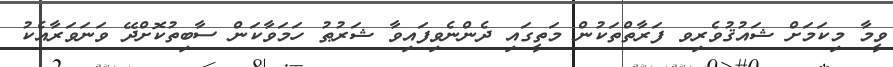
ވީމާ މިކަމަށް ޝައުޤުވެރިވ ފަރާތްތަކުން މަތީގައި ދެންނެވިފައިވާ ޝަރުޠު ހަމަވާކަން ސާބިތުކޮށްދޭ ވަނަވަރާއެކު